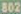
802